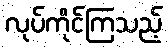
လုပ်ကိုင်ကြသည့်